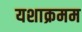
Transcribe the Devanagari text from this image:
यशाक्रमम